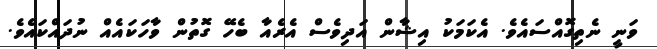
ވަނީ ނެތިގޮއްސައެވެ. އެކަމަކު އިޝާން އަދިވެސް އެރެއާ ބެހޭ ގޮތުން ވާހަކައެއް ނުދައްކައެވެ.